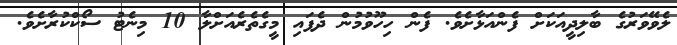
ލެވޭވަރުގެ ބާލިދީއަކަށް ފެންއަޅާށެވެ. ފެން ހިހޫވުމުން ދެފައި މީގެތެރެއަށްލާ 10 މިނެޓު ސޯކްކުރާށެވެ.